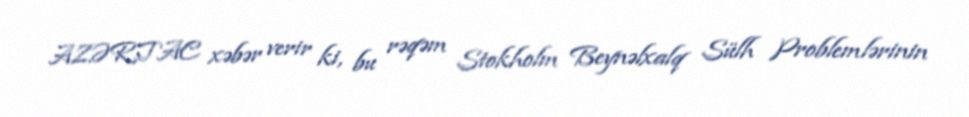
AZƏRTAC xəbər verir ki, bu rəqəm Stokholm Beynəlxalq Sülh Problemlərinin